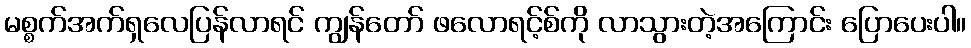
မစ္စက်အက်ရှလေပြန်လာရင် ကျွန်တော် ဖလောရင့်စ်ကို လာသွားတဲ့အကြောင်း ပြောပေးပါ။